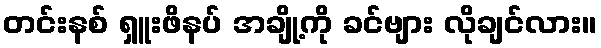
တင်းနစ် ရှူးဖိနပ် အချို့ကို ခင်ဗျား လိုချင်လား။